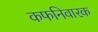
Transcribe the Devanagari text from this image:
कफनिवारक